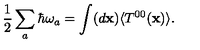
{ \frac { 1 } { 2 } } \sum _ { a } \hbar \omega _ { a } = \int ( d { \bf x } ) \langle T ^ { 0 0 } ( { \bf x } ) \rangle .